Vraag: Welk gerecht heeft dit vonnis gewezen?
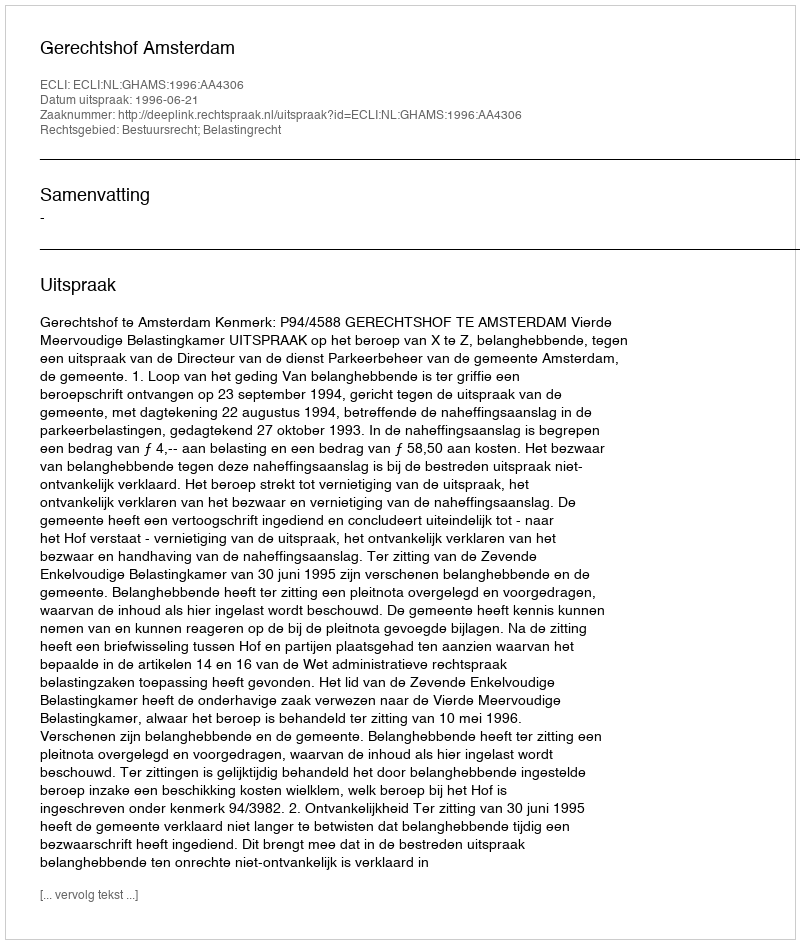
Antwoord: Gerechtshof Amsterdam